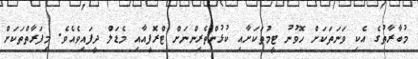
މުބާރާތުގެ އެކި ވަނަތަކަށް ހޮވުނު ޓީމުތަކަށާއި ކުޅުންތެރިންނަށް ޓްރޮފީއާއި މެޑަލް ދީފައިވެއެވެ. މިފަރާތްތަކަށް